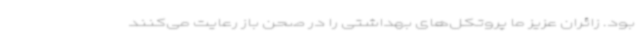
بود. زائران عزیز ما پروتکل‌های بهداشتی را در صحن باز رعایت می‌کنند